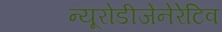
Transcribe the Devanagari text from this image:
न्यूरोडीजेनेरेटिव